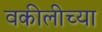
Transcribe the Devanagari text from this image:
वकीलीच्या